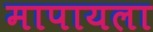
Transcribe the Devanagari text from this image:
मापायला